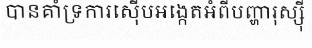
បានគាំទ្រការស៊ើបអង្កេតអំពីបញ្ហារុស្ស៊ី